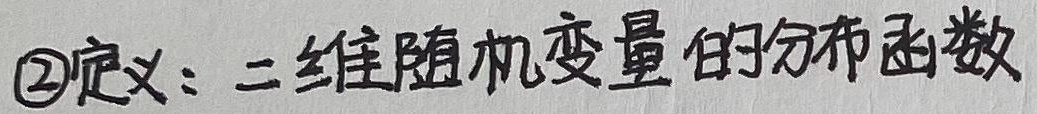
\textcircled{2}定义：二维随机变量的分布函数